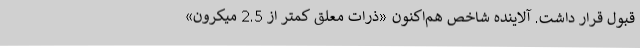
قبول قرار داشت. آلاینده شاخص هم‌اکنون «ذرات معلق کمتر از 2.5 میکرون»